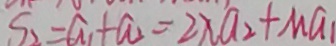
S _ { 2 } = a _ { 1 } + a _ { 2 } = 2 x a _ { 2 } + M a _ { 1 }